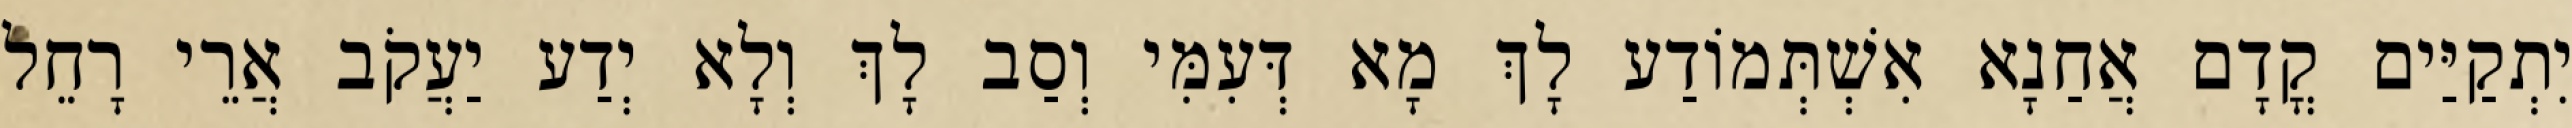
יִתְקַיַּים קֳדָם אֲחַנָא אִשְׁתְּמוֹדַע לָךְ מָא דְּעִמִּי וְסַב לָךְ וְלָא יְדַע יַעֲקֹב אֲרֵי רָחֵל